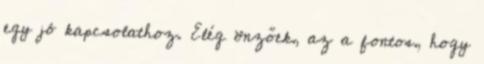
egy jó kapcsolathoz. Elég önzőek, az a fontos, hogy